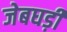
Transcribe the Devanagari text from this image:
जेबघड़ी